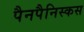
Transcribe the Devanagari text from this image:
पैनपैनिस्कस